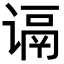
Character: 𬤑